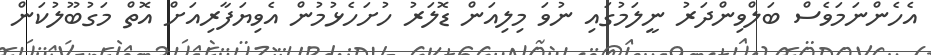
އެހެންނަމަވެސް ބަލްވިންދަރު ނީލަމުގައި ނުވަ މިލިއަން ޑޮލަރު ހުށަހެޅުމުން އެވިޔަފާރިއަށް އޮތް މަގުބޫލުކަން